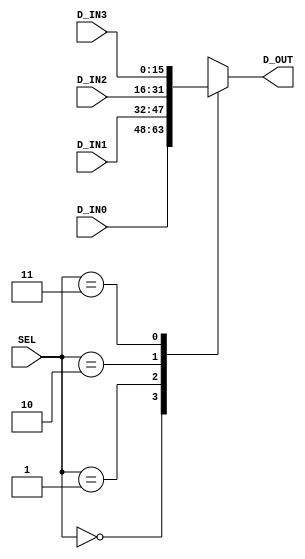

module mux16_4to1(SEL, D_IN0, D_IN1, D_IN2, D_IN3, D_OUT);
   input [1:0]   SEL;
   input [15:0]  D_IN0;
   input [15:0]  D_IN1;
   input [15:0]  D_IN2;
   input [15:0]  D_IN3;
   output [15:0] D_OUT;

   //********* The first design method ****************
   reg [15:0] D_OUT;

   always @(SEL,D_IN0,D_IN1,D_IN2,D_IN3) begin
      case (SEL)
         2'b00: D_OUT <= D_IN0;
         2'b01: D_OUT <= D_IN1; 
         2'b10: D_OUT <= D_IN2;
         2'b11: D_OUT <= D_IN3;
         default: D_OUT <= 0; 
      endcase
   end   

   //********** the second design method ***************
   // wire [15:0] D_OUT0,D_OUT1;
   // mux16_2to1 U_4to1_sel01(.SEL(SEL[0]), .D_IN0(D_IN0) , .D_IN1(D_IN1) , .D_OUT(D_OUT0));
   // mux16_2to1 U_4to1_sel23(.SEL(SEL[0]), .D_IN0(D_IN2) , .D_IN1(D_IN3) , .D_OUT(D_OUT1));
   // mux16_2to1 U_4to1_sel  (.SEL(SEL[1]), .D_IN0(D_OUT0), .D_IN1(D_OUT1), .D_OUT(D_OUT));   

   //********** the third design method ****************
   // assign D_OUT = SEL[0] ? (SEL[1] ? D_IN3 : D_IN1) :  (SEL[1] ? D_IN2 : D_IN0) ;

endmodule

module  mux16_4to1_tb;
   reg [15:0]  D_IN0,D_IN1,D_IN2,D_IN3;   // input
   reg [ 1:0]  SEL;
   wire[15:0]  D_OUT;  // output
   
   //instantiation
   mux16_4to1 U_mux16_4to1(.SEL(SEL),
                           .D_IN0(D_IN0),
                           .D_IN1(D_IN1),
                           .D_IN2(D_IN2),
                           .D_IN3(D_IN3),
                           .D_OUT(D_OUT)); 
   initial begin
      $monitor("SEL = %h , D_IN0 = %h ,D_IN1 = %h ,D_IN2 = %h ,D_IN3 = %h ,D_OUT = %h",SEL,D_IN0,D_IN1,D_IN2,D_IN3,D_OUT);
      D_IN0 = 16'h1234;
      D_IN1 = 16'h1111;
      D_IN2 = 16'h0011;
      D_IN3 = 16'h1001;

      #10 SEL = 2'b00;
      #10 SEL = 2'b01;
      #10 SEL = 2'b10;
      #10 SEL = 2'b11;
   end
endmodule